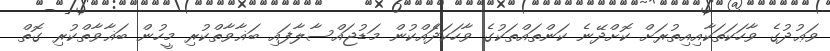
ވަޢުދުގެ ވާހަކަތަކާއިއިތުރަށް ކޮށްދޭނެ ކަންތައްތަކުގެ ވާހަކަދަެއްކުން މަޑުޖައްސާލާފައި ބަޣާވާތްކުރި މީހުން ބަޣާވާތްކުރި ގޮތް